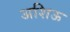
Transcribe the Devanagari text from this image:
अशिऊ